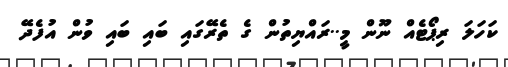
ކަހަލަ ރިޕޯޓެއް ނޫން މީ..ރައްޔިތުން ގެ ތެރޭގައި ބައި ބައި ވުން އުފެދޭ